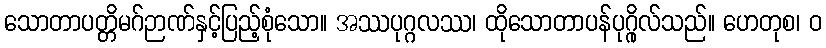
သောတာပတ္တိမဂ်ဉာဏ်နှင့်ပြည့်စုံသော။ အဿပုဂ္ဂလဿ၊ ထိုသောတာပန်ပုဂ္ဂိုလ်သည်။ ဟေတုစ၊ ဝ